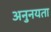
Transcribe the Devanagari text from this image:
अनुनयता